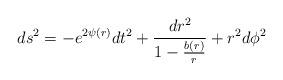
LaTeX: \begin{align*}ds^{2} = -e^{2\psi(r)}dt^{2} + \frac{dr^{2}}{1-\frac{b(r)}{r}}+ r^{2}d\phi^{2}\end{align*}